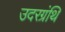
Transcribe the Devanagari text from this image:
उदरग्रंथि